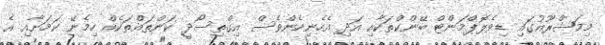
މިމަޝްރޫއުގައި ޑިވެލޮޕްމަންޓް ބޭންކްތަކާއި އަދި އެހެނިހެންވެސް އިގްތިސޯދީ ކަންތައްތަކެއް ހިމެނޭ ކަމަށާއި އެ